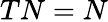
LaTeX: TN=N